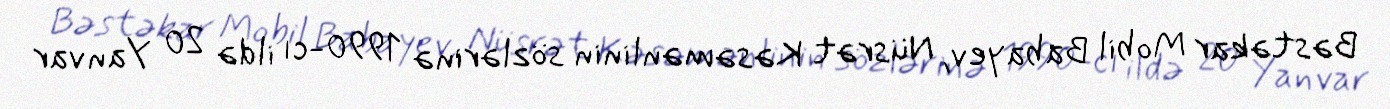
Bəstəkar Mobil Babayev, Nüsrət Kəsəmənlinin sözlərinə 1990-cı ildə 20 Yanvar